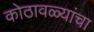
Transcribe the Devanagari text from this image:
कोठावळ्यांचा